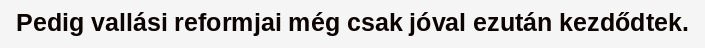
Pedig vallási reformjai még csak jóval ezután kezdődtek.